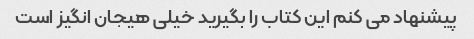
پیشنهاد می کنم این کتاب را بگیرید خیلی هیجان انگیز است